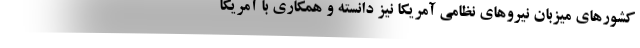
کشورهای میزبان نیروهای نظامی آمریکا نیز دانسته و همکاری با آمریکا